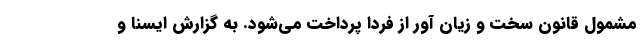
مشمول قانون سخت و زیان آور از فردا پرداخت می‌شود. به گزارش ایسنا و